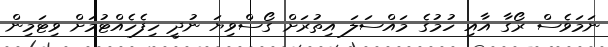
ނަމަވެސް ރޯގާ އާއި ހުމުގެ މައްސަލަ އިތުރަށް ގޯސްވިޔަ ނުދީ ހިފެހެއްޓުމަށް ވިޓަމިން